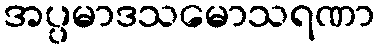
အပ္ပမာဒသမောသရဏာ